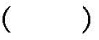
（）